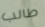
طالب